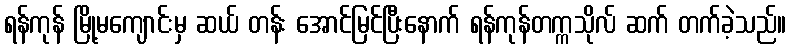
ရန်ကုန် မြို့မကျောင်းမှ ဆယ် တန်း အောင်မြင်ပြီးနောက် ရန်ကုန်တက္ကသိုလ် ဆက် တက်ခဲ့သည်။